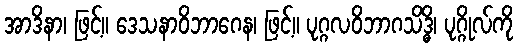
အာဒိနာ၊ ဖြင့်။ ဒေသနာဝိဘာဂေန၊ ဖြင့်။ ပုဂ္ဂလဝိဘာဂသိဒ္ဓိ၊ ပုဂ္ဂိုလ်ကို